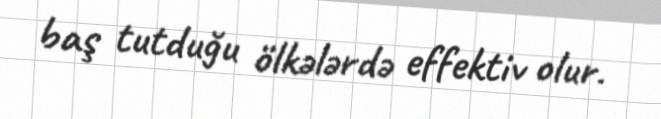
baş tutduğu ölkələrdə effektiv olur.